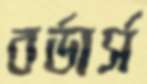
বর্ডার্স